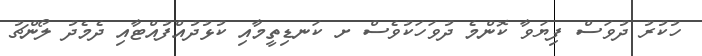
ހުކުރު ދުވަސް ފިޔަވާ ކޮންމެ ދުވަހަކުވެސް ށ ކަނޑިތީމާއި ކުޅުދުއްފުއްޓާއި ދެމެދު ލޯންޗު